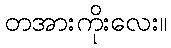
တအားကိုးလေး။